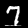
Label: 7